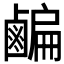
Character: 𪉱